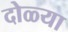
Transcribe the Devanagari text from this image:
दोळ्या